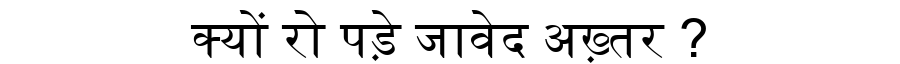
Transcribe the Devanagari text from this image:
क्यों रो पड़े जावेद अख़्तर ?